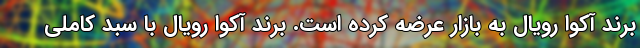
برند آکوا رویال به بازار عرضه کرده است. برند آکوا رویال با سبد کاملی